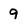
Character: 9